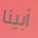
أبينا